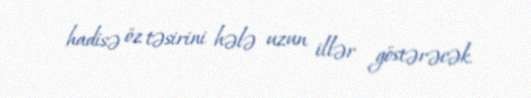
hadisə öz təsirini hələ uzun illər göstərəcək.